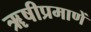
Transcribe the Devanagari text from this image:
ॠषीप्रमाणें